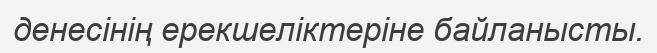
денесінің ерекшеліктеріне байланысты.